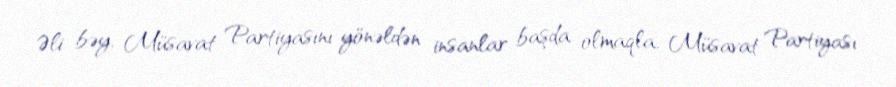
Əli bəy, Müsavat Partiyasını yönəldən insanlar başda olmaqla, Müsavat Partiyası